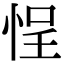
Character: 悜